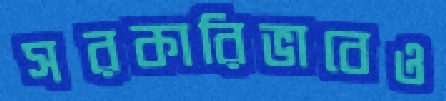
সরকারিভাবেও